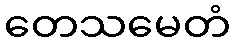
တေသမေတံ